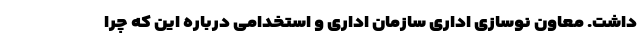
داشت. معاون نوسازی اداری سازمان اداری و استخدامی درباره این که چرا